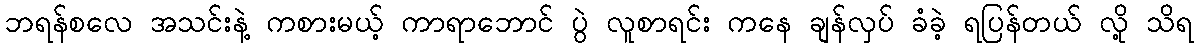
ဘရန်စလေ အသင်းနဲ့ ကစားမယ့် ကာရာဘောင် ပွဲ လူစာရင်း ကနေ ချန်လှပ် ခံခဲ့ ရပြန်တယ် လို့ သိရ